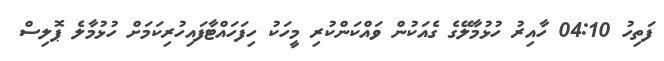
ފަތިހު 04:10 ހާއިރު ހުޅުމާލޭގެ ގެއަކުން ވައްކަންކުރި މީހަކު ހިފަހައްޓާފައިހުރިކަމަށް ހުޅުމާލެ ޕޮލިސް